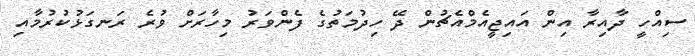
ސިއްހީ ދާއިރާ އިން އައިޖީއެމްއެޗުން ދޭ ހިދުމަތުގެ ފެންވަރު މިހާރަށް ވުރެ ރަނގަޅުކުރުމާއި